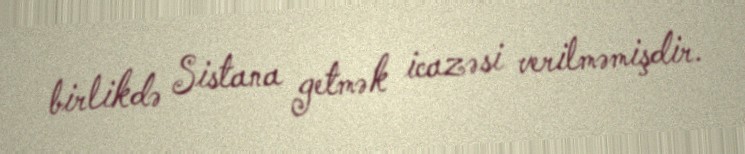
birlikdə Sistana getmək icazəsi verilməmişdir.